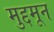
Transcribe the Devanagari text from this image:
मुद्दमून